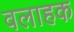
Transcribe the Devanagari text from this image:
वलाहक